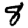
Digit: 8